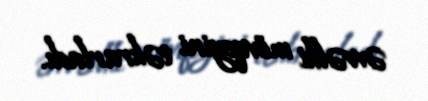
əvvəlki mövqeyini təkrarladı.